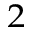
^ { 2 }